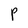
Character: P